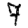
Digit: 7